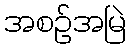
အစဉ်အမြဲ